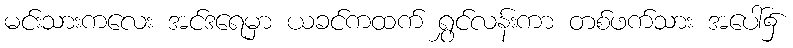
မင်းသားကလေး အင်ဒရေမှာ ယခင်ကထက် ရွှင်လန်းကာ တစ်ဖက်သား အပေါ်၌